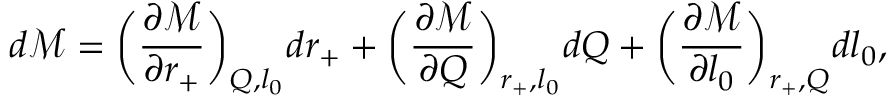
d \mathcal { M } = \bigg ( \frac { \partial \mathcal { M } } { \partial r _ { + } } \bigg ) _ { Q , l _ { 0 } } d r _ { + } + \bigg ( \frac { \partial \mathcal { M } } { \partial Q } \bigg ) _ { { r _ { + } } , l _ { 0 } } d Q + \bigg ( \frac { \partial \mathcal { M } } { \partial l _ { 0 } } \bigg ) _ { r _ { + } , Q } d l _ { 0 } ,